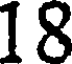
18